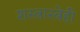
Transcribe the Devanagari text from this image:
शस्त्रास्त्रेही